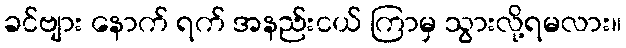
ခင်ဗျား နောက် ရက် အနည်းငယ် ကြာမှ သွားလို့ရမလား။